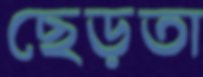
ছেড়তা